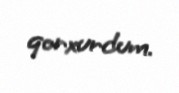
qorxurdum.